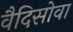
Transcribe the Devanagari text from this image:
वैदिसोवा